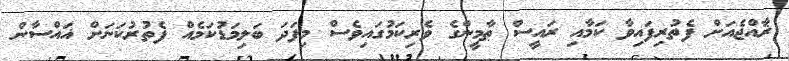
ޜާއްޖެއަށް ފެތުރިފައިވާ ކަމާއި ރައީސް ޠާމީންގެ ވެރިކަމުގައިވެސް މިފަދަ ބަލިމަޑުކަމެއް ފެތުރުކަނަށް ޣައްސާން